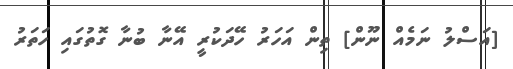
[އަސްލު ނަމެއް ނޫން] ތިން އަހަރު ހޭދަކުރީ އޭނާ ބުނާ ގޮތުގައި ހަތަރު